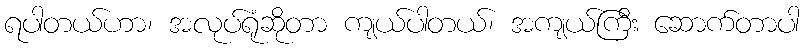
ရပါတယ်ဟာ၊ အလုပ်ရုံဆိုတာ ကျယ်ပါတယ်၊ အကျယ်ကြီး ဆောက်တာပါ